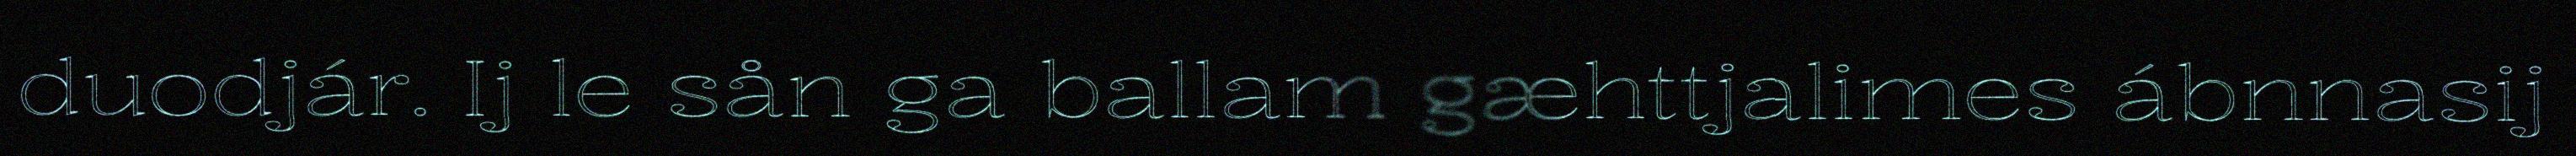
duodjár. Ij le sån ga ballam gæhttjalimes ábnnasij